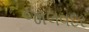
જાલવદર